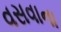
વસવાના